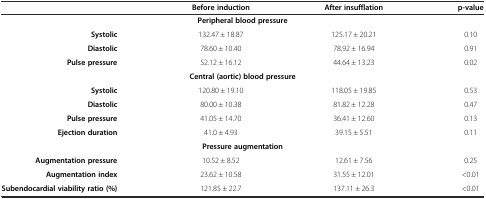
<table><thead><tr><td></td><td><b>Before induction</b></td><td><b>After insufflation</b></td><td><b>p-value</b></td></tr></thead><tbody><tr><td colspan="4"><b>Peripheral blood pressure</b></td></tr><tr><td><b>Systolic</b></td><td>132.47 ± 18.87</td><td>125.17 ± 20.21</td><td>0.10</td></tr><tr><td><b>Diastolic</b></td><td>78.60 ± 10.40</td><td>78.92 ± 16.94</td><td>0.91</td></tr><tr><td><b>Pulse pressure</b></td><td>52.12 ± 16.12</td><td>44.64 ± 13.23</td><td>0.02</td></tr><tr><td colspan="4"><b>Central (aortic) blood pressure</b></td></tr><tr><td><b>Systolic</b></td><td>120.80 ± 19.10</td><td>118.05 ± 19.85</td><td>0.53</td></tr><tr><td><b>Diastolic</b></td><td>80.00 ± 10.38</td><td>81.82 ± 12.28</td><td>0.47</td></tr><tr><td><b>Pulse pressure</b></td><td>41.05 ± 14.70</td><td>36.41 ± 12.60</td><td>0.13</td></tr><tr><td><b>Ejection duration</b></td><td>41.0 ± 4.93</td><td>39.15 ± 5.51</td><td>0.11</td></tr><tr><td colspan="4"><b>Pressure augmentation</b></td></tr><tr><td><b>Augmentation pressure</b></td><td>10.52 ± 8.52</td><td>12.61 ± 7.56</td><td>0.25</td></tr><tr><td><b>Augmentation index</b></td><td>23.62 ± 10.58</td><td>31.55 ± 12.01</td><td>&lt;0.01</td></tr><tr><td><b>Subendocardial viability ratio (%)</b></td><td>121.85 ± 22.7</td><td>137.11 ± 26.3</td><td>&lt;0.01</td></tr></tbody></table>